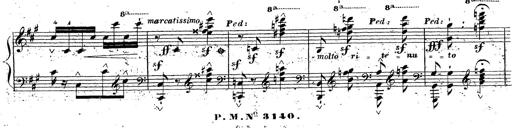
Title: Grande fantaisie sur la tyrolienne de l'opÃ©ra
Composer: Franz Liszt
Key: A major